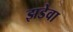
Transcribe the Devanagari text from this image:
झडेवा